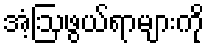
အံ့ဩဖွယ်ရာများကို